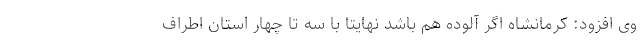
وی افزود: کرمانشاه اگر آلوده هم باشد نهایتا با سه تا چهار استان اطراف